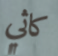
كاثي